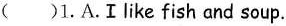
( )1. A.Ⅰlike fish and soup.